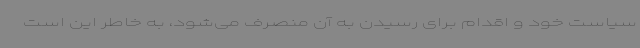
سیاست خود و اقدام برای رسیدن به آن منصرف می‌شود، به‌ خاطر این است